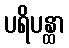
ပရိပန္ထာ